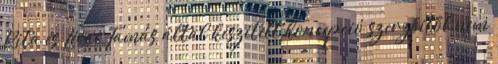
Rita és Lévai Tamás által készített koncepció szerzőitől nem